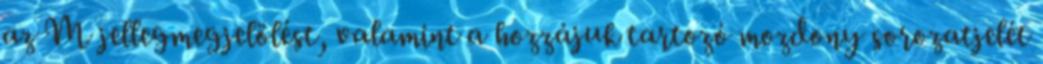
az M jellegmegjelölést, valamint a hozzájuk tartozó mozdony sorozatjelét